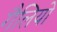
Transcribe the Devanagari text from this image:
गैलियो